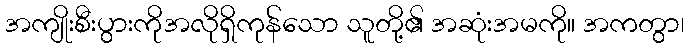
အကျိုးစီးပွားကိုအလိုရှိကုန်သော သူတို့၏ အဆုံးအမကို။ အကတွာ၊